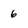
Character: 6